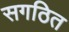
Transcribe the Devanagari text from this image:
सगठित